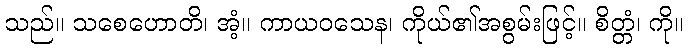
သည်။ သစေဟောတိ၊ အံ့။ ကာယဝသေန၊ ကိုယ်၏အစွမ်းဖြင့်။ စိတ္တံ၊ ကို။